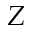
Z